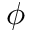
\phi